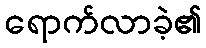
ရောက်လာခဲ့၏